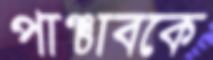
পাঞ্চাবকে